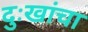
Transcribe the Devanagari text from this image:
दुःखांचा